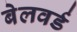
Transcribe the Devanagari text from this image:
बेलवर्ड